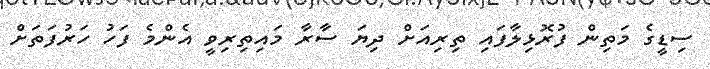
ސިޑީގެ މަތިން ފުރޮޅިލާފައި ތިރިއަށް ދިޔަ ސާރާ މައިތިރިވީ އެންމެ ފަހު ހަރުފަތަށް